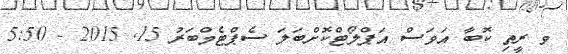
ވ ރީތި ކޮބާ އަވަސް އަޕްލޯޓްކޮށްބަލަ ސެޕްޓެމްބަރު 15